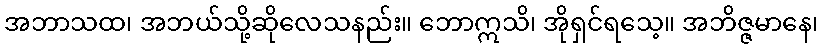
အဘာသထ၊ အဘယ်သို့ဆိုလေသနည်း။ ဘောဣသိ၊ အိုရှင်ရသေ့။ အဘိဇ္ဇမာနေ၊